Report of the Indian Hemp Drugs Commission, 1894-1895 - Volume V
Year: 1894
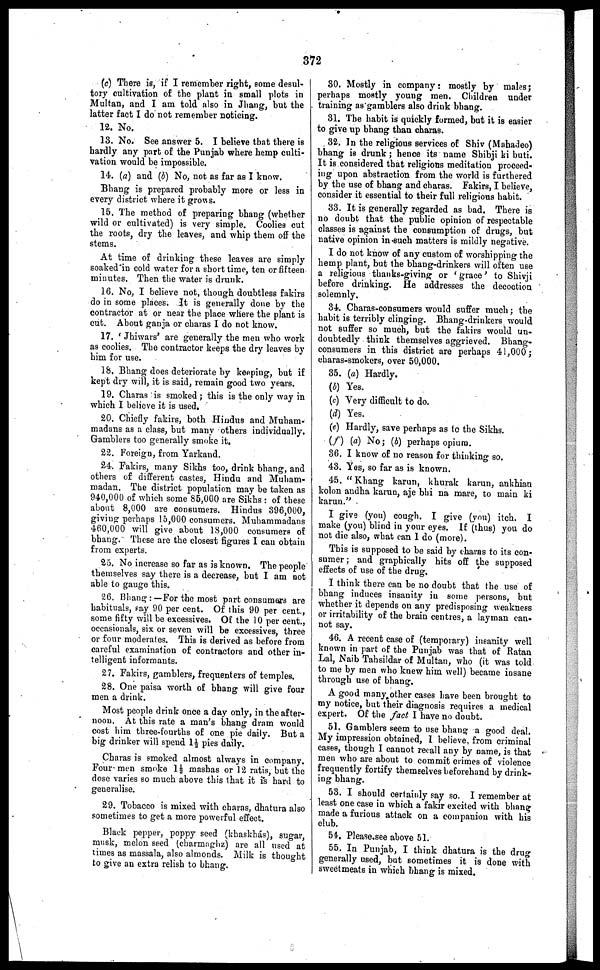
372
(c) There is, if I remember right, some desul-
tory cultivation of the plant in small plots in
Multan, and I am told also in Jhang, but the
latter fact I do not remember noticing.
12. No.
13. No. See answer 5. I believe that there is
hardly any part of the Punjab where hemp culti-
vation would be impossible.
14. (a) and (b) No, not as far as I know.
Bhang is prepared probably more or less in
every district where it grows.
15. The method of preparing bhang (whether
wild or cultivated) is very simple. Coolies cut
the roots, dry the leaves, and whip them off the
stems.
At time of drinking these leaves are simply
soaked in cold water for a short time, ten or fifteen
minutes. Then the water is drunk.
16. No, I believe not, though doubtless fakirs
do in some places. It is generally done by the
contractor at or near the place where the plant is
cut. About ganja or charas I do not know.
17. 'Jhiwars' are generally the men who work
as coolies. The contractor keeps the dry leaves by
him for use.
18. Bhang does deteriorate by keeping, but if
kept dry will, it is said, remain good two years.
19. Charas is smoked ; this is the only way in
which I believe it is used,
20. Chiefly fakirs, both Hindus and Muham-
madans as a class, but many others individually.
Gamblers too generally smoke it.
22. Foreign, from Yarkand.
24. Fakirs, many Sikhs too, drink bhang, and
others of different castes, Hindu and Muham-
madan. The district population may be taken as
940,000 of which some 85,000 are Sikhs : of these
about 8,000 are consumers. Hindus 396,000,
giving perhaps 15,000 consumers. Muhammadans
460,000 will give about 18,000 consumers of
bhang. These are the closest figures I can obtain
from experts.
25. No increase so far as is known. The people
themselves say there is a decrease, but I am not
able to gauge this.
26. Bhang :— For the most part consumers are
habituals, say 90 per cent. Of this 90 per cent.,
some fifty will be excessives. Of the 10 per cent.,
occasionals, six or seven will be excessives, three
or four moderates. This is derived as before from
careful examination of contractors and other in-
telligent informants.
27. Fakirs, gamblers, frequenters of temples.
28. One paisa worth of bhang will give four
men a drink.
Most people drink once a day only, in the after-
noon. At this rate a man's bhang dram would
cost him three-fourths of one pie daily. But a
big drinker will spend 1½ pies daily.
Charas is smoked almost always in company.
Four men smoke 1½ mashas or 12 ratis, but the
dose varies so much above this that it is hard to
generalise.
29. Tobacco is mixed with charas, dhatura also
sometimes to get a more powerful effect.
Black pepper, poppy seed (khaskhás), sugar,
musk, melon seed (charmaghz) are all used at
times as massala, also almonds. Milk is thought
to give an extra relish to bhang.
30. Mostly in company : mostly by males;
perhaps mostly young men. Children under
training as gamblers also drink bhang.
31. The habit is quickly formed, but it is easier
to give up bhang than charas.
32. In the religious services of Shiv (Mahadeo)
bhang is drunk ; hence its name Shibji ki buti.
It is considered that religions meditation proceed-
ing upon abstraction from the world is furthered
by the use of bhang and charas. Fakirs, I believe,
consider it essential to their full religious habit.
33. It is generally regarded as bad. There is
no doubt that the public opinion of respectable
classes is against the consumption of drugs, but
native opinion in such matters is mildly negative.
I do not know of any custom of worshipping the
hemp plant, but the bhang-drinkers will often use
a religious thanks-giving or 'grace' to Shivji
before drinking. He addresses the decoction
solemnly.
34. Charas-consumers would suffer much ; the
habit is terribly clinging. Bhang-drinkers would
not suffer so much, but the fakirs would un-
doubtedly think themselves aggrieved. Bhang-
consumers in this district are perhaps 41,000 ;
charas-smokers, over 50,000.
35. (a) Hardly.
(b) Yes.
(c) Very difficult to do.
(d) Yes.
(e) Hardly, save perhaps as to the Sikhs.
(f) (a) No ; (b) perhaps opium.
36. I know of no reason for thinking so.
43. Yes, so far as is known.
45. "Khang karun, khurak karun, ankhian
kolon andha karun, aje bhi na mare, to main ki
karun."
I give (you) cough. I give (you) itch. I
make (you) blind in your eyes. If (thus) you do
not die also, what can 1 do (more).
This is supposed to be said by charas to its con-
sumer ; and graphically hits off the supposed
effects of use of the drug.
I think there can be no doubt that the use of
bhang induces insanity in some persons, but
whether it depends on any predisposing weakness
or irritability of the brain centres, a layman can-
not say.
46. A recent case of (temporary) insanity well
known in part of the Punjab was that of Ratan
Lal, Naib Tahsildar of Multan, who (it was told
to me by men who knew him well) became insane
through use of bhang.
A good many other cases have been brought to
my notice, but their diagnosis requires a medical
expert. Of the fact I have no doubt.
51. Gamblers seem to use bhang a good deal.
My impression obtained, I believe, from criminal
cases, though I cannot recall any by name, is that
men who are about to commit crimes of violence
frequently fortify themselves beforehand by drink-
ing bhang.
53. I should certainly say so. I remember at
least one case in which a fakir excited with bhang
made a furious attack on a companion with his
club.
54. Please see above 51.
55. In Punjab, I think dhatura is the drug
generally used, but sometimes it is done with
sweetmeats in which bhang is mixed.